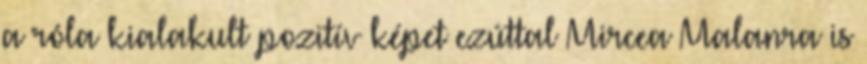
a róla kialakult pozitív képet ezúttal Mircea Malanra is